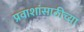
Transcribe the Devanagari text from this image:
प्रवाशांसाठीच्या